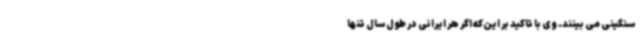
سنگینی می بینند. وی با تاکید بر این‌که اگر هر ایرانی در طول سال تنها